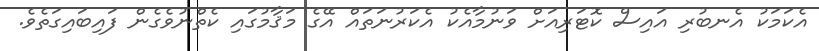
އެކަމަކު އެނބުރި އައިސް ކޮޓަރިއަށް ވަނުމާއެކު އެކަރުނަތައް އޭގެ މަޤާމުގައި ކެތްނުވެގެން ފައިބައިގަތެވެ.